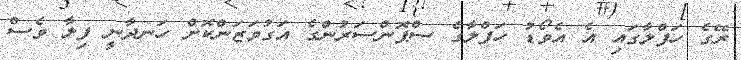
ރޭގެ ހަފްލާގައި އެ އެވޯޑު ހަފްލާގެ ސްޕޮންސަރުންގެ އަގުވަޒަންކޮށް ހަނދާނީ ފިލާ ވެސް